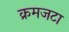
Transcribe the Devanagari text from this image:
क्रमजटा